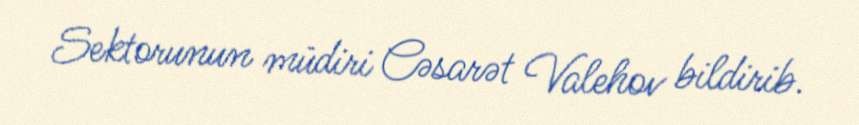
Sektorunun müdiri Cəsarət Valehov bildirib.